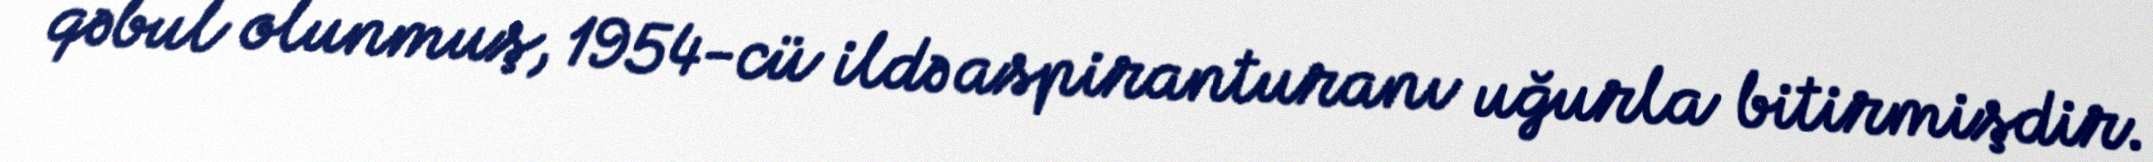
qəbul olunmuş, 1954-cü ildə aspiranturanı uğurla bitirmişdir.